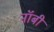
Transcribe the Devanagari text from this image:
नॉबी